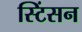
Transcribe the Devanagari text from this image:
स्टिंसन